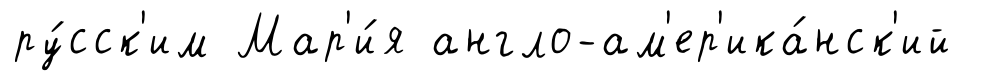
ру́сск'им Мар'и́я англо-ам'ер'ика́нск'ий